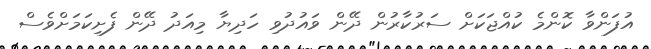
އުފަންވާ ކޮންމެ ކުއްޖަކަށް ސަރުކާރުން ދޭން ވައުދުވި ހަދިޔާ މިއަދު ދޭން ފެށިކަމަށްވެސް